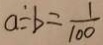
a \div b = \frac { 1 } { 1 0 0 }